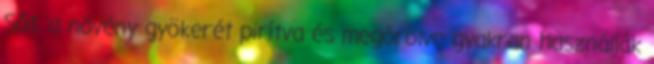
Sőt, a növény gyökerét pirítva és megőrölve gyakran használják